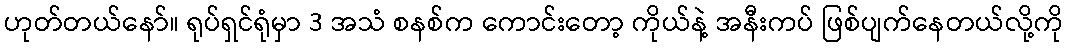
ဟုတ်တယ်နော်။ ရုပ်ရှင်ရုံမှာ 3 အသံ စနစ်က ကောင်းတော့ ကိုယ်နဲ့ အနီးကပ် ဖြစ်ပျက်နေတယ်လို့ကို